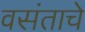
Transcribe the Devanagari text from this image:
वसंताचे